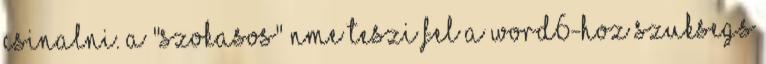
csinalni. A "szokasos" nme teszi fel a word6-hoz szuksegs